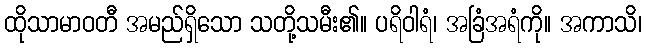
ထိုသာမာဝတီ အမည်ရှိသော သတို့သမီး၏။ ပရိဝါရံ၊ အခြံအရံကို။ အကာသိ၊